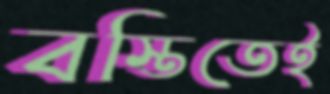
বস্তিতেই